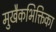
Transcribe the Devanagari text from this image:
मुखैकभिक्तिका